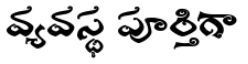
వ్యవస్థ పూర్తిగా